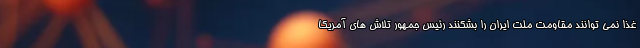
غذا نمی توانند مقاومت ملت ایران را بشکنند رئیس جمهور تلاش های آمریکا